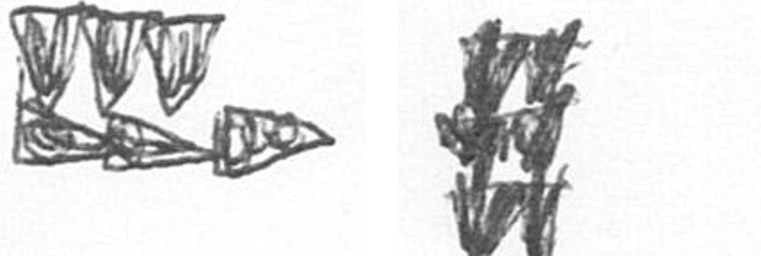
D Y